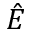
\hat { E }